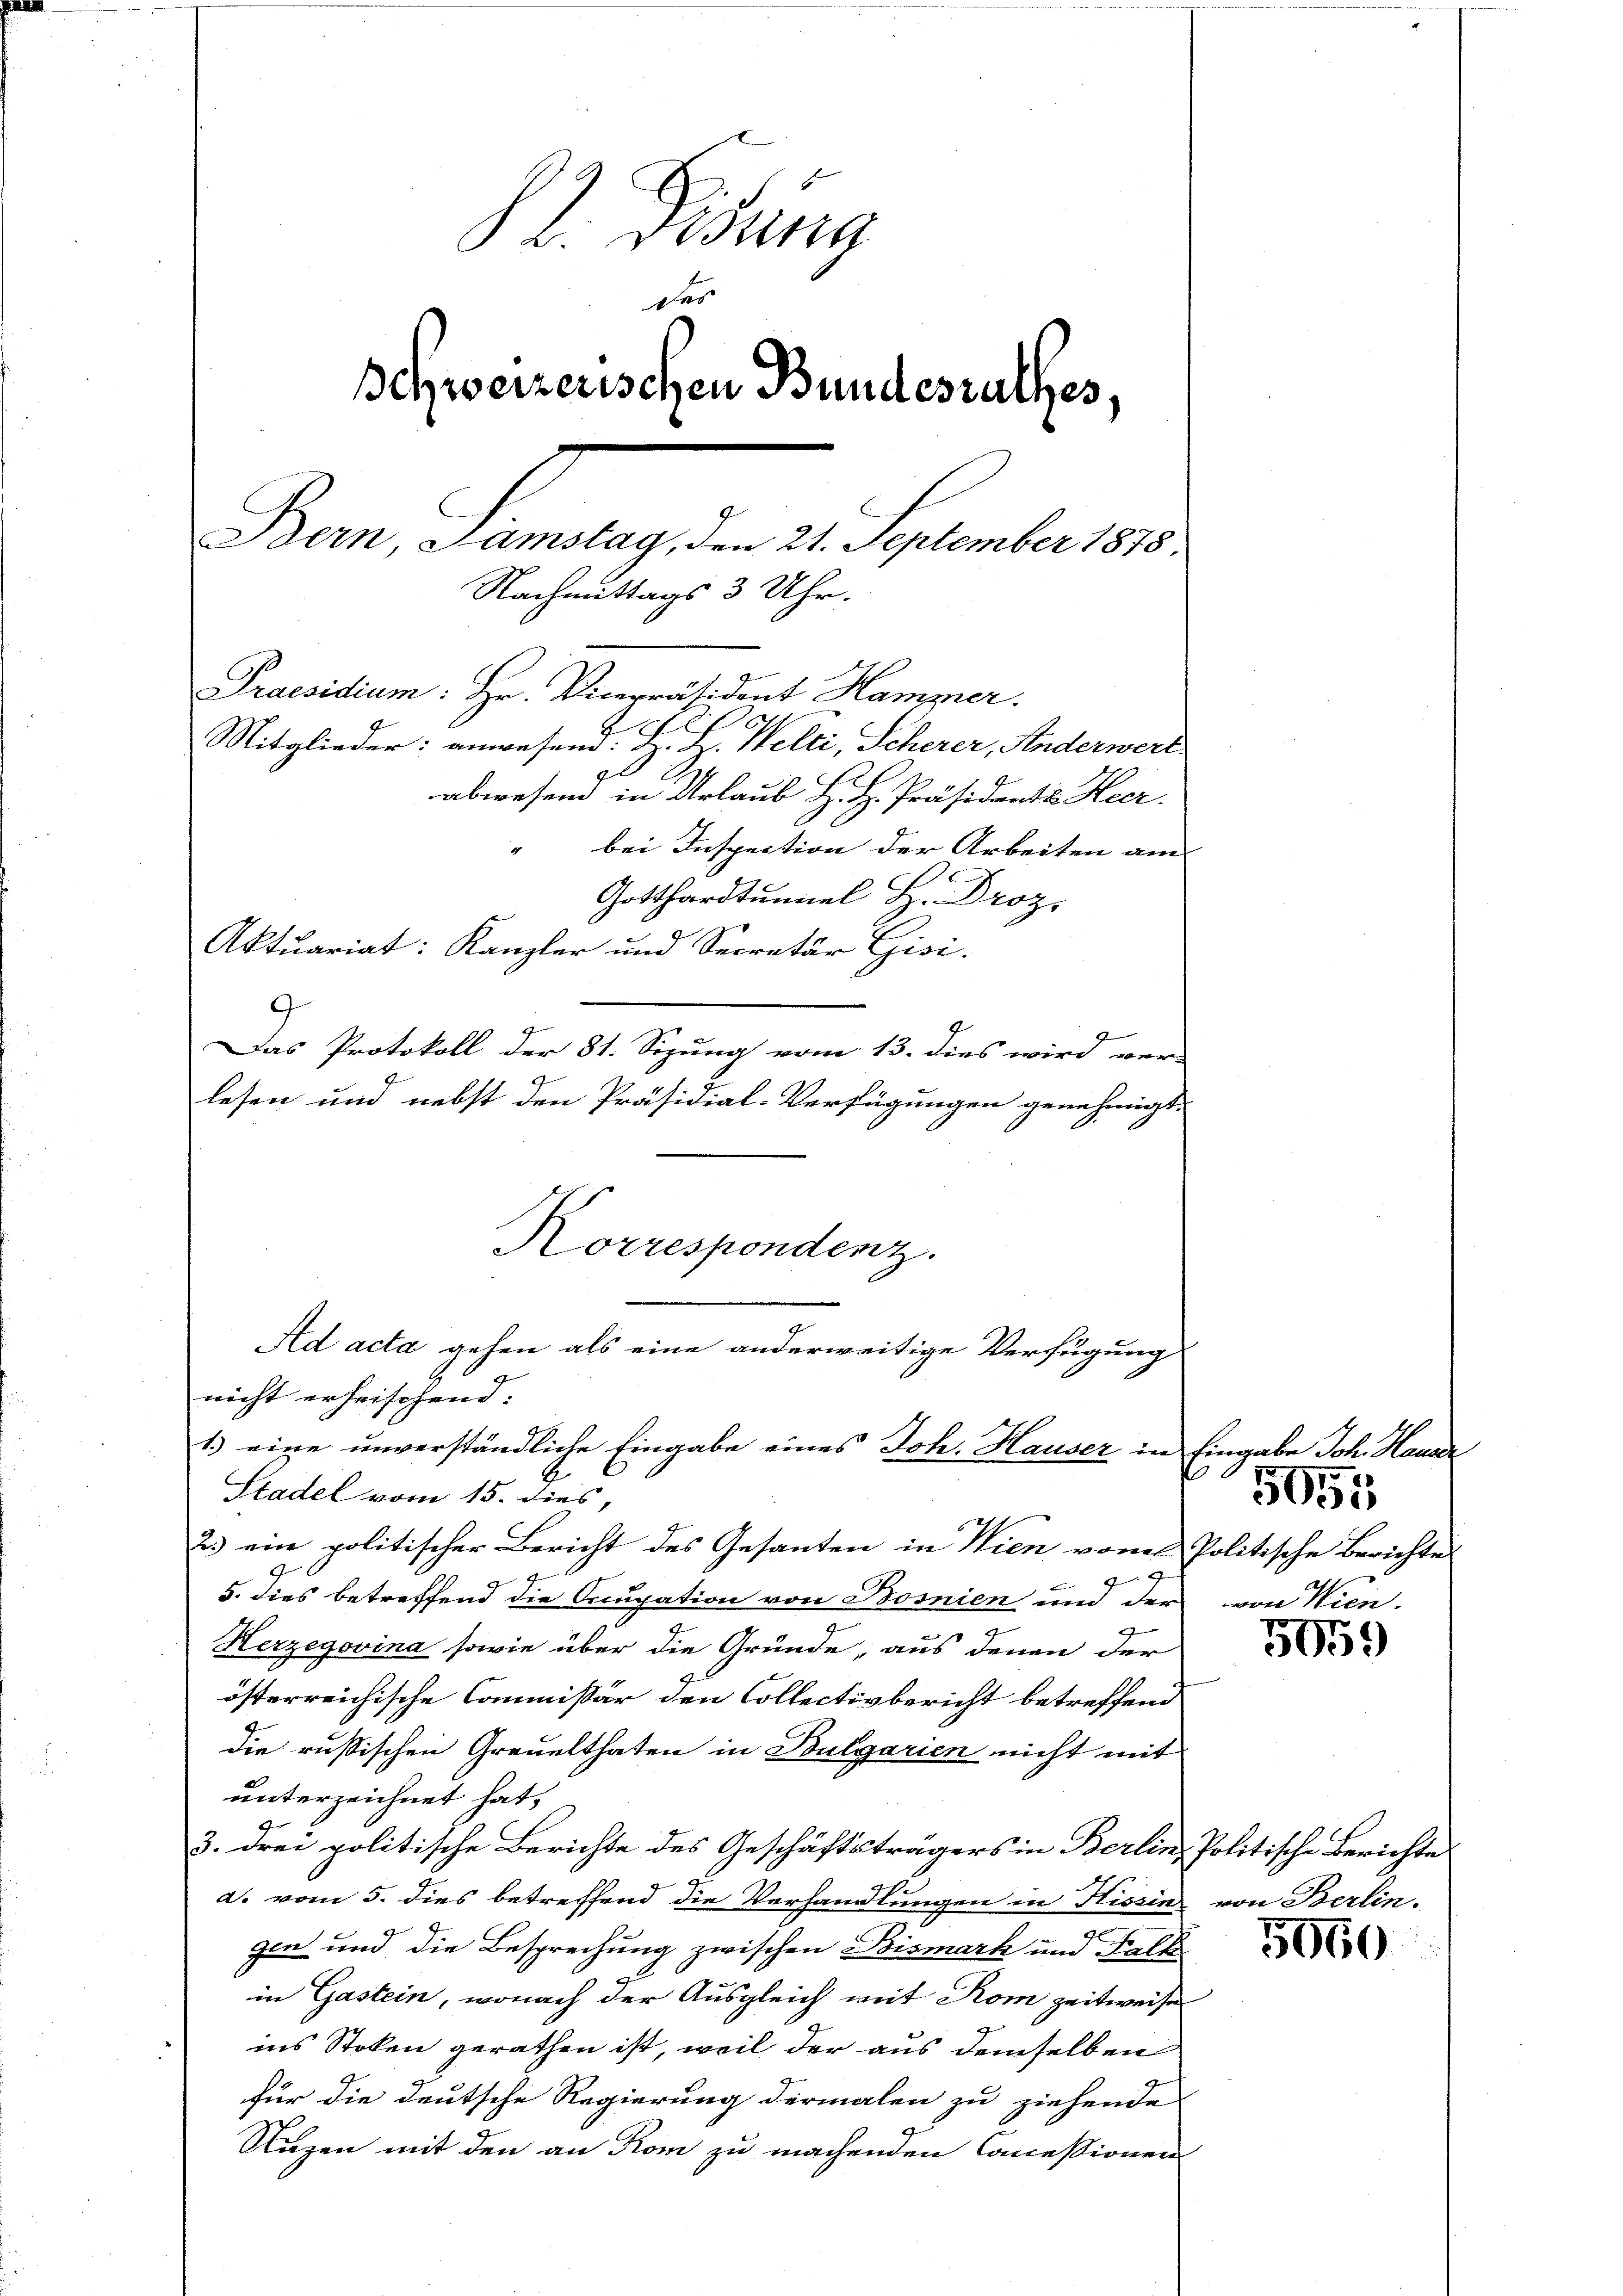
82. Disung
des
Schweizerischen Bundesrathes,
Beidermangen d. Gegenberg.
Nachmittags 3 Uhr.
Praesidium: Hr. Vicepräsident Hammer.
Mitglieder: anwesend. H. H. Welti, Scherer, Anderwert
abwesend in Urlaub H. H. Präsidents Heer.
bei Inspection der Arbeiten am
Gotthardtunnel H. Droz.
Aktuariat: Kanzler und Secretär Gisi-
9
Das Protokoll der 81. Sizung vom 13. dies wird ver-
lesen und nebst den Präsidial-Verfügungen genehmigt.

nicht erheischend:
1.) eine unverständliche Eingabe eines Joh. Hauser in Eingabe Joh. Hausdr
Stadel vom 15. dies,
2) ein politischer Bericht des Gesanten in Wien von Politische Berichte
9
g
5. dies betreffend die Occupation von Bosnien und der
Herzegovina sowie über die Gründe, aus denen der
österreichische Commissär den Collectivbericht betreffend
die russischen Greuelthaten in Bulgarien nicht mit
unterzeichnet hat,
3. drei politische Berichte des Geschäftsträgers in Berlin, Politische Berichtes
d. vom 5. dies betreffend die Verhandlungen in Hissin von Berlin.
gen und die Besprechung zwischen Bismark und Falke
in Gastein, wonach der Ausgleich mit Rom zeitweise
ins Stoken gerathen ist, weil der aus demselben
für die deutsche Regierung dermalen zu ziehende
Razen mit den an Rom zu machenden Concessionen

Korrespondenz.
Ad acta gehen als eine anderweitige Verfügung

von Wien.

5051

s
503.

5060